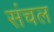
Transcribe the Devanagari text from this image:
संचल